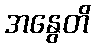
အနွေတိ